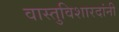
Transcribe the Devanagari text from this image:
वास्तुविशारदांनी